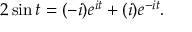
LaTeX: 2 \sin t = ( - i ) e ^ { i t } + ( i ) e ^ { - i t } .